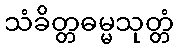
သံခိတ္တဓမ္မသုတ္တံ